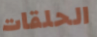
الحلقات